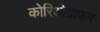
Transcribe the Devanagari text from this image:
कोरिओग्राफर